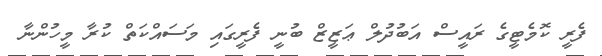
ފެރީ ކޮމެޓީގެ ރައީސް އަބުދުލް ޢަޒީޒް ބުނީ ފެރީގައި މަސައްކަތް ކުރާ މީހުންނާ